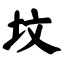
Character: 坟